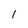
Character: 1